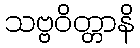
သဗ္ဗဝိတ္တာနိ